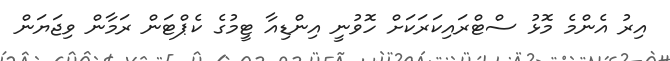
އިރު އެންމެ މޮޅު ސްޓްރައިކަރަކަށް ހޮވުނީ އިންޑިއާ ޓީމުގެ ކެޕްޓަން ރަމާން ވިޖަޔަން